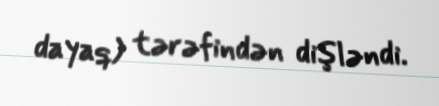
dayaq) tərəfindən dişləndi.